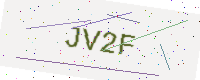
Text: JV2F